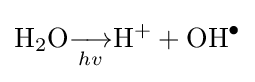
\mathrm {H} _{2}\mathrm {O} {\underset {hv}{\longrightarrow }}\mathrm {H} ^{+}+\mathrm {OH} ^{\bullet }